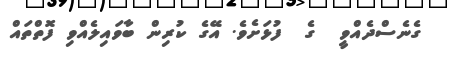
ގެނެސްދެއްވީ  ގެ  ފުޅަށެވެ. އޭގެ ކުރިން ބާވައިލެއްވި ފޮތްތައް